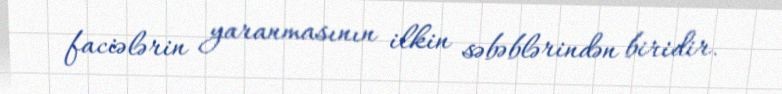
faciələrin yaranmasının ilkin səbəblərindən biridir.